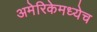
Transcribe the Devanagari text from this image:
अमेरिकेमध्येच